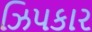
ઝિપકાર